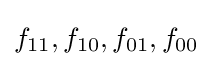
f_{11},f_{10},f_{01},f_{00}